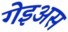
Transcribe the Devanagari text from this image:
गेइअस